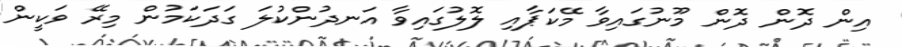
އިން ދޮން ދޮން މޫނުގައިވާ މޭކަޕާއި ލޮލުގައިވާ އަނދުންކުލަ ގަދަކަމުން މިރޭ ވަކީން